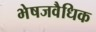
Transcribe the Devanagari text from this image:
भेषजवैधिक